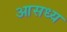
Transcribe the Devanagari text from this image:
आसध्य